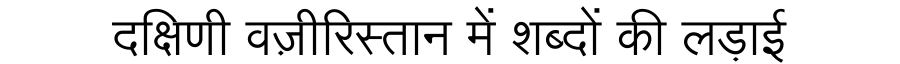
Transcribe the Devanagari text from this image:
दक्षिणी वज़ीरिस्तान में शब्दों की लड़ाई